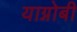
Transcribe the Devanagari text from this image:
याग्नोबी